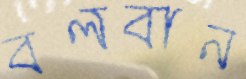
বলবান